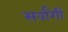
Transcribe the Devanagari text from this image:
सर्वांगीं